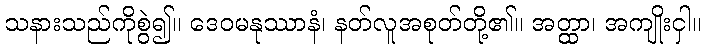
သနားသည်ကိုစွဲ၍။ ဒေဝမနုဿာနံ၊ နတ်လူအစုတ်တို့၏။ အတ္ထာ၊ အကျိုးငှါ။